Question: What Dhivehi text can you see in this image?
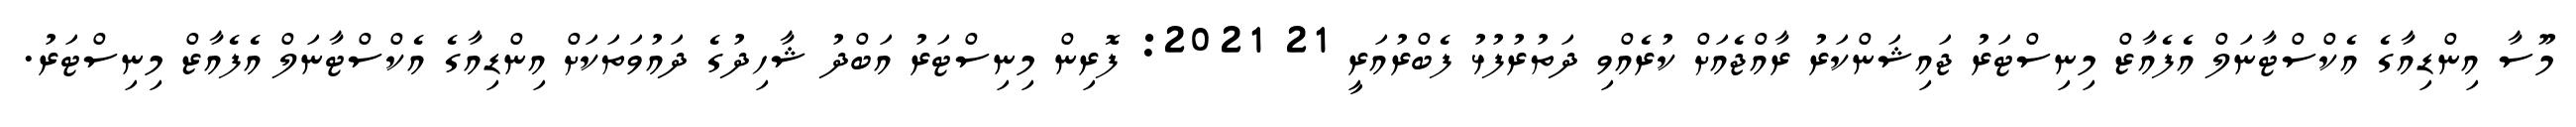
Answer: މޫސާ އިންޑިއާގެ އެކްސްޓާނަލް އެފެއާޒް މިނިސްޓަރު ޖައިޝަންކަރު ރާއްޖެއަށް ކުރެއްވި ދަތުރުފުޅު ފެބްރުއަރީ 21 2021: ފޮރިން މިނިސްޓަރު އަބްދު ޝާހިދުގެ ދައުވަތަކަށް އިންޑިއާގެ އެކްސްޓާނަލް އެފެއާޒް މިނިސްޓަރު.